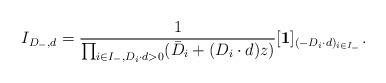
LaTeX: \begin{align*}I_{D_-,d}=\frac{1}{\prod_{i\in I_-, D_i\cdot d>0}(\bar D_i+(D_i\cdot d)z)}[\textbf{1}]_{(-D_i\cdot d)_{i\in I_-}}.\end{align*}